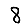
Digit: 8